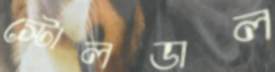
স্টোলডাল